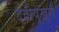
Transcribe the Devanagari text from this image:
देवीपुखुरी